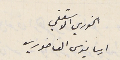
الخوري الاسقفي  ارسانيوس الفاخوري